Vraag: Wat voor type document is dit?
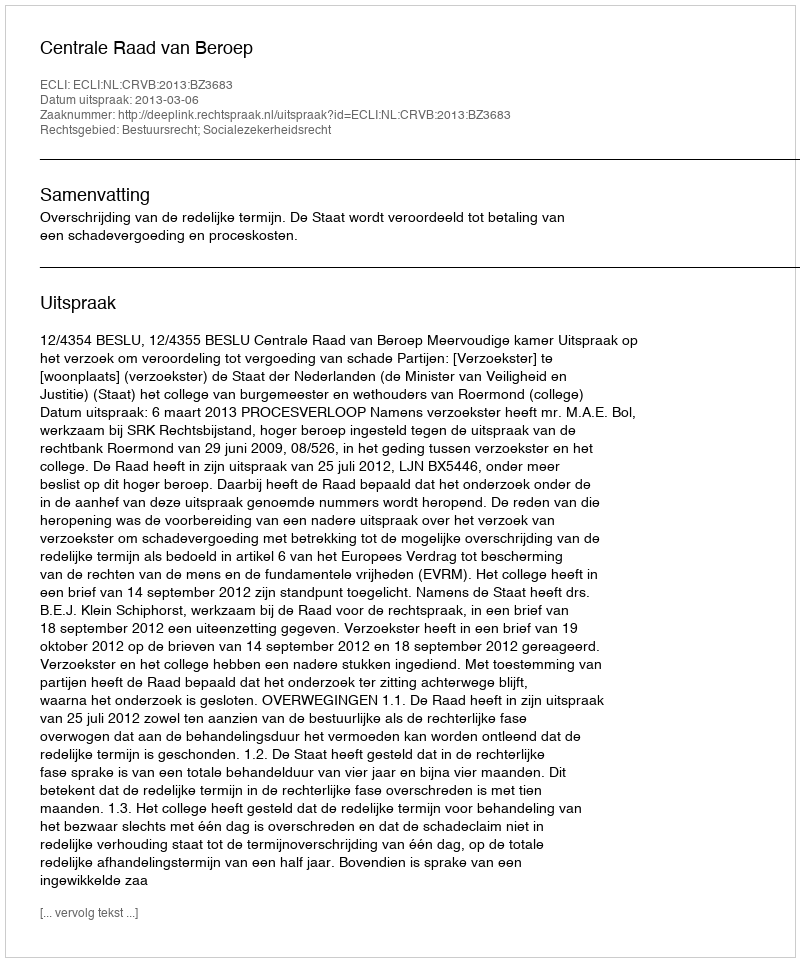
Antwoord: Uitspraak